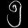
Digit: ၅